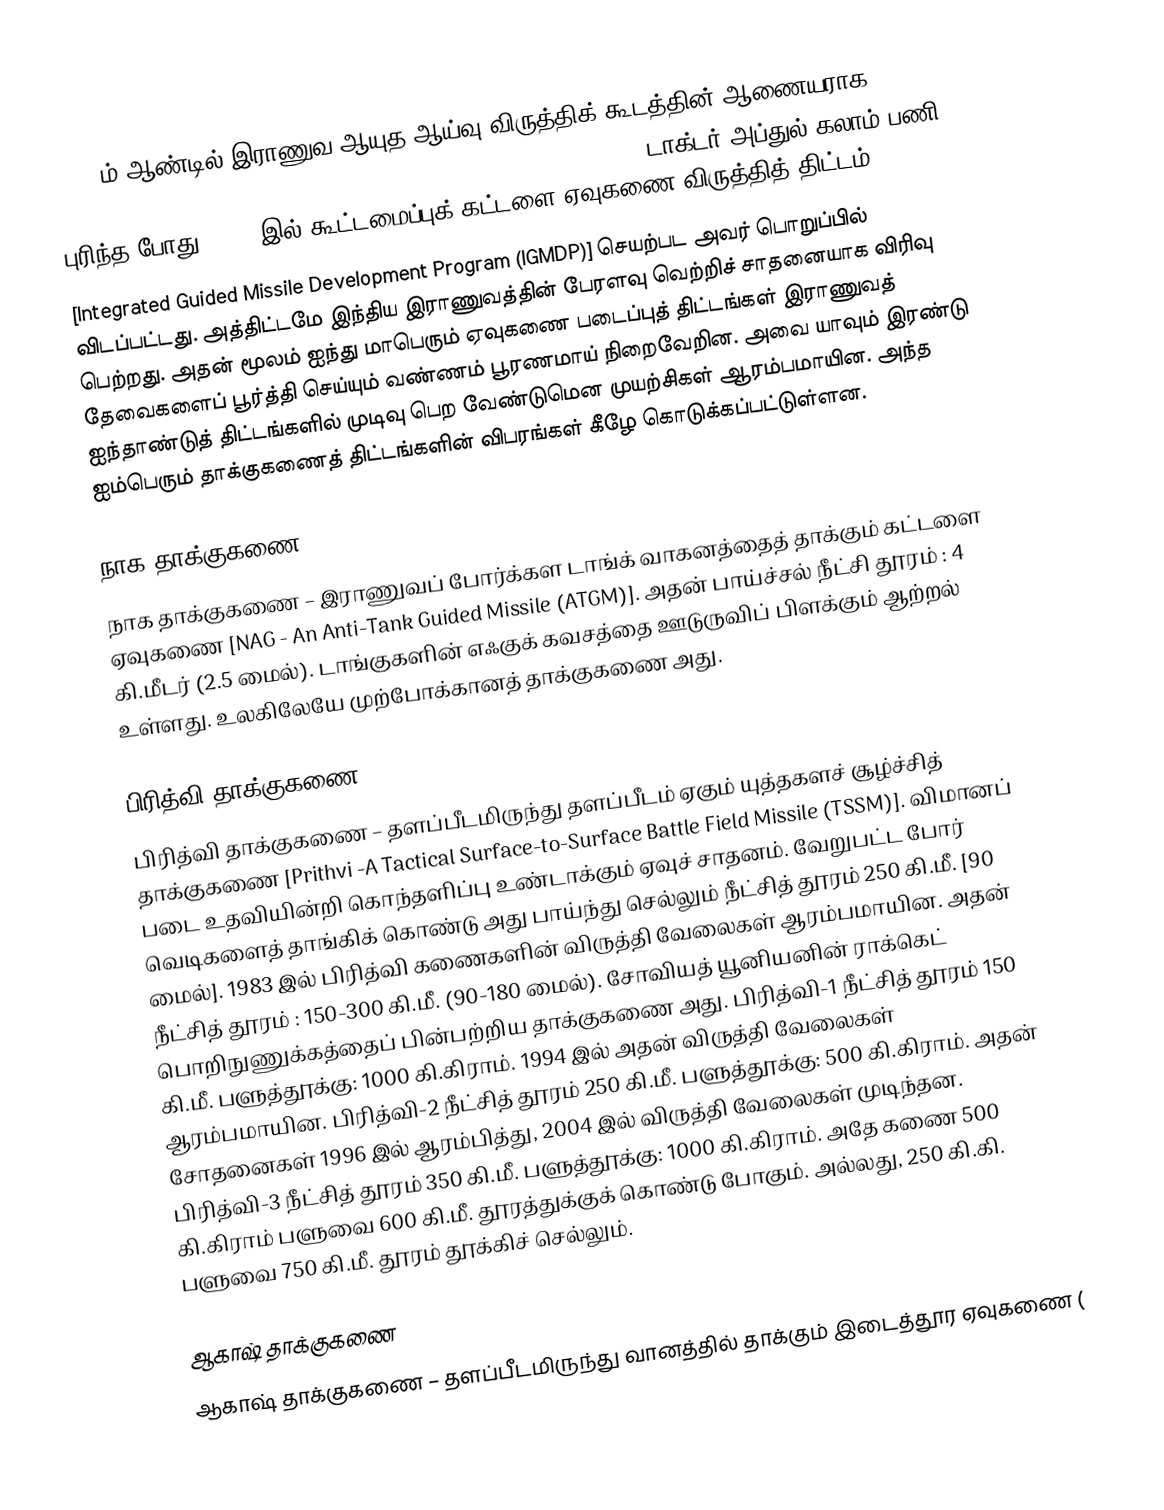
1982 ம் ஆண்டில் இராணுவ ஆயுத ஆய்வு விருத்திக் கூடத்தின் ஆணையராக [Director of Defence Research & Development Organization (DRDO)] டாக்டர் அப்துல் கலாம் பணி புரிந்த போது, 1993 இல் கூட்டமைப்புக் கட்டளை ஏவுகணை விருத்தித் திட்டம்
[Integrated Guided Missile Development Program (IGMDP)] செயற்பட அவர் பொறுப்பில் விடப்பட்டது.  அத்திட்டமே இந்திய இராணுவத்தின் பேரளவு வெற்றிச் சாதனையாக விரிவு பெற்றது. அதன் மூலம் ஐந்து மாபெரும் ஏவுகணை படைப்புத் திட்டங்கள் இராணுவத் தேவைகளைப் பூர்த்தி செய்யும் வண்ணம் பூரணமாய் நிறைவேறின. அவை யாவும் இரண்டு ஐந்தாண்டுத் திட்டங்களில் முடிவு பெற வேண்டுமென முயற்சிகள் ஆரம்பமாயின. அந்த ஐம்பெரும் தாக்குகணைத் திட்டங்களின் விபரங்கள் கீழே கொடுக்கப்பட்டுள்ளன.

நாக தாக்குகணை
நாக தாக்குகணை – இராணுவப் போர்க்கள டாங்க் வாகனத்தைத் தாக்கும் கட்டளை ஏவுகணை [NAG - An Anti-Tank Guided Missile (ATGM)]. அதன் பாய்ச்சல் நீட்சி தூரம் : 4 கி.மீடர் (2.5 மைல்). டாங்குகளின் எஃகுக் கவசத்தை ஊடுருவிப் பிளக்கும் ஆற்றல் உள்ளது.  உலகிலேயே முற்போக்கானத் தாக்குகணை அது.

பிரித்வி தாக்குகணை
பிரித்வி தாக்குகணை – தளப்பீடமிருந்து தளப்பீடம் ஏகும் யுத்தகளச் சூழ்ச்சித் தாக்குகணை [Prithvi -A Tactical Surface-to-Surface Battle Field Missile (TSSM)]. விமானப் படை உதவியின்றி கொந்தளிப்பு உண்டாக்கும் ஏவுச் சாதனம். வேறுபட்ட போர் வெடிகளைத் தாங்கிக் கொண்டு அது பாய்ந்து செல்லும் நீட்சித் தூரம் 250 கி.மீ. [90 மைல்]. 1983 இல் பிரித்வி கணைகளின் விருத்தி வேலைகள் ஆரம்பமாயின. அதன் நீட்சித் தூரம் : 150-300 கி.மீ. (90-180 மைல்). சோவியத் யூனியனின் ராக்கெட் பொறிநுணுக்கத்தைப் பின்பற்றிய தாக்குகணை அது.  பிரித்வி-1 நீட்சித் தூரம் 150 கி.மீ. பளுத்தூக்கு: 1000 கி.கிராம். 1994 இல் அதன் விருத்தி வேலைகள் ஆரம்பமாயின. பிரித்வி-2 நீட்சித் தூரம் 250 கி.மீ. பளுத்தூக்கு: 500 கி.கிராம். அதன் சோதனைகள் 1996 இல் ஆரம்பித்து, 2004 இல் விருத்தி வேலைகள் முடிந்தன. பிரித்வி-3 நீட்சித் தூரம் 350 கி.மீ. பளுத்தூக்கு: 1000 கி.கிராம். அதே கணை 500 கி.கிராம் பளுவை 600 கி.மீ. தூரத்துக்குக் கொண்டு போகும். அல்லது, 250 கி.கி. பளுவை 750 கி.மீ. தூரம் தூக்கிச் செல்லும்.

ஆகாஷ் தாக்குகணை
ஆகாஷ் தாக்குகணை – தளப்பீடமிருந்து வானத்தில் தாக்கும் இடைத்தூர ஏவுகணை (